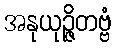
အနုယုဉ္ဇိတဗ္ဗံ